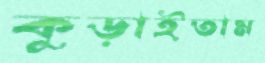
কুড়াইতাম